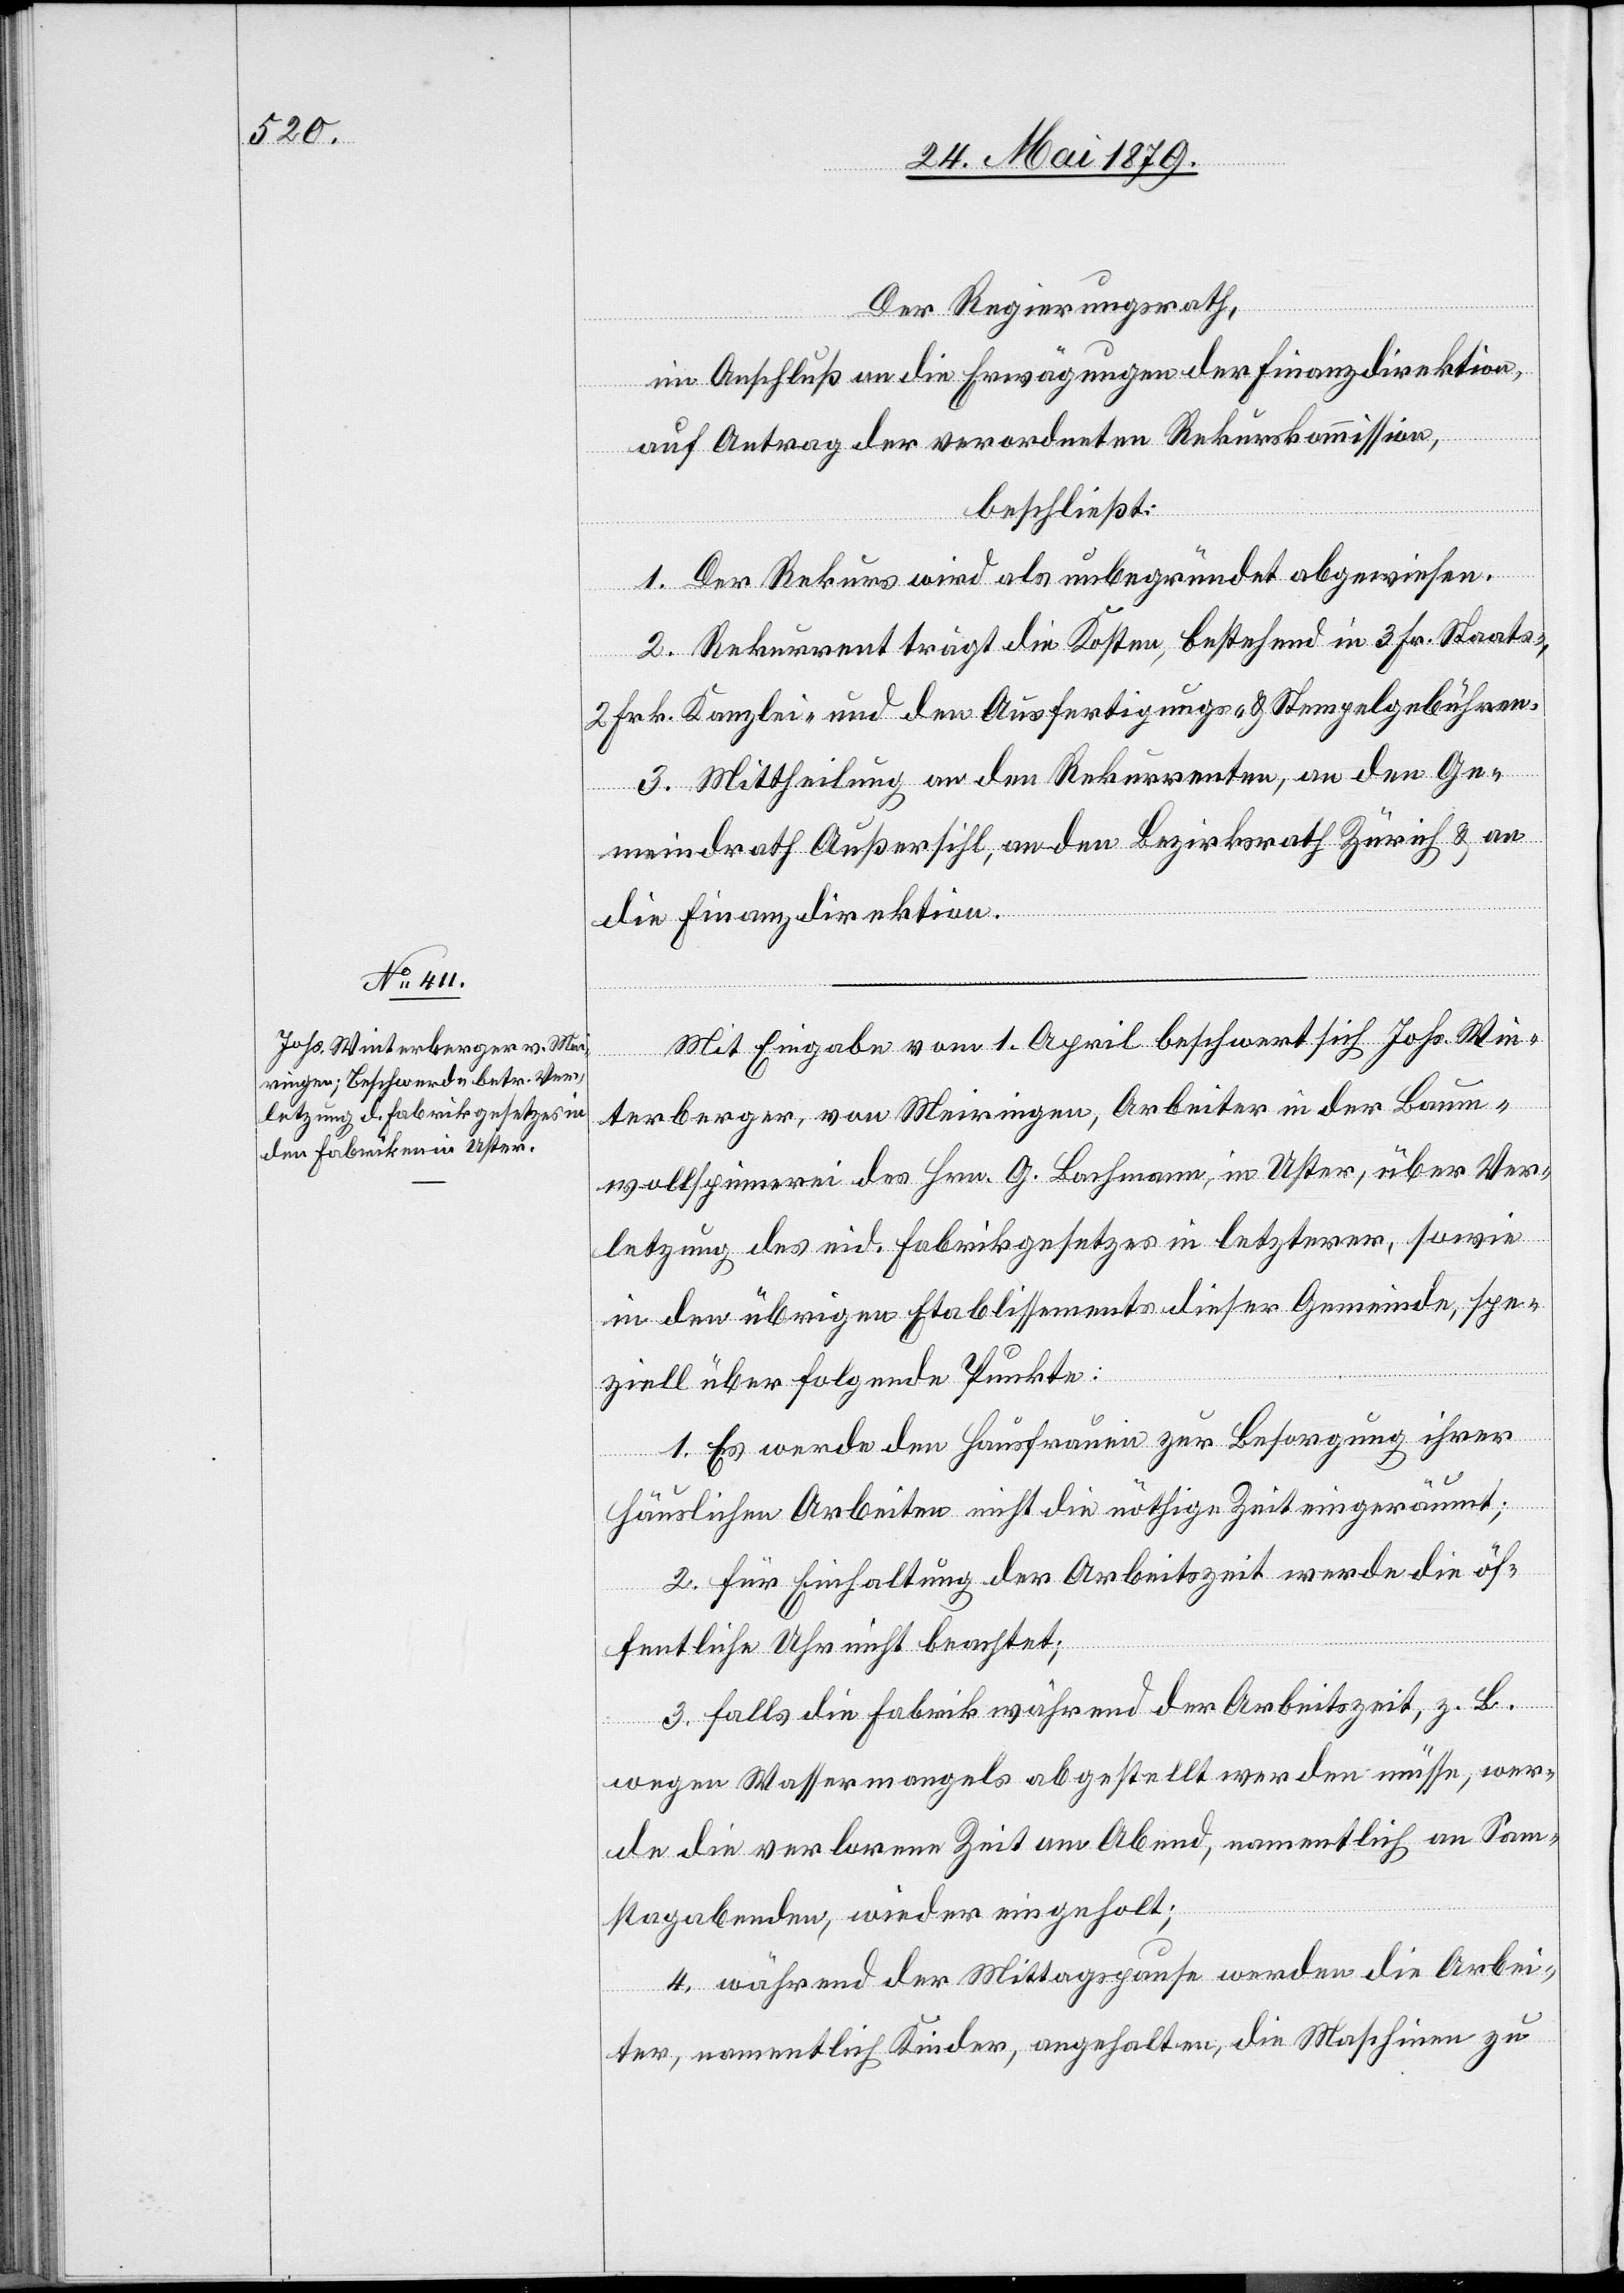
Der Regierungsrath,
im Anschluß an die Erwägungen der Finanzdirektion,
auf Antrag der verordneten Rekurskommission,
beschließt:
1. Der Rekurs wird als unbegründet abgewiesen.
2. Rekurrent trägt die Kosten, bestehend in 3 Fr. Staats-,
2 Frk. Kanzlei, und den Ausfertigungs- & Stempelgebühren.
3. Mittheilung an den Rekurrenten, an den Ge¬
meindrath Außersihl, an den Bezirksrath Zürich & an
die Finanzdirektion.
Mit Eingabe vom 1. April beschwert sich Johs. Win¬
terberger, von Meiringen, Arbeiter in der Baum¬
wollspinnerei des Hrn. G. Bachmann, in Uster, über Ver¬
letzung des eid. Fabrikgesetzes in letzterer, sowie
in den übrigen Etablissements dieser Gemeinde, spe¬
ziell über folgende Punkte:
1. Es werde den Hausfrauen zur Besorgung ihrer
häuslichen Arbeiter nicht die nöthige Zeit eingeräumt;
2. für Einhaltung der Arbeitszeit werde die öf¬
fentliche Uhr nicht beachtet;
3. falls die Fabrik während der Arbeitszeit, z. B.
wegen Wassermangels abgestellt werden müsse, wer¬
de die verlorene Zeit am Abend, namentlich an Sam¬
stagabenden, wieder eingeholt;
4. während der Mittagspause werden die Arbei¬
ter, namentlich Kinder, angehalten, die Maschinen zu